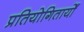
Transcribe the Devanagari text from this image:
प्रतियोगितायोँ